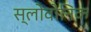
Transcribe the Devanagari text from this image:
स्लोवोनिक